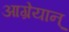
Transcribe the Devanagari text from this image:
आग्रेयान्